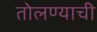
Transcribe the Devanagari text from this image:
तोलण्याची